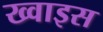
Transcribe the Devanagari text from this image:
ख्वाइस